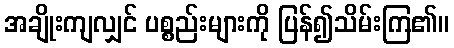
အချိုးကျလျှင် ပစ္စည်းများကို ပြန်၍သိမ်းကြ၏။